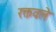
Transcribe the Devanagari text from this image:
रक्तवले